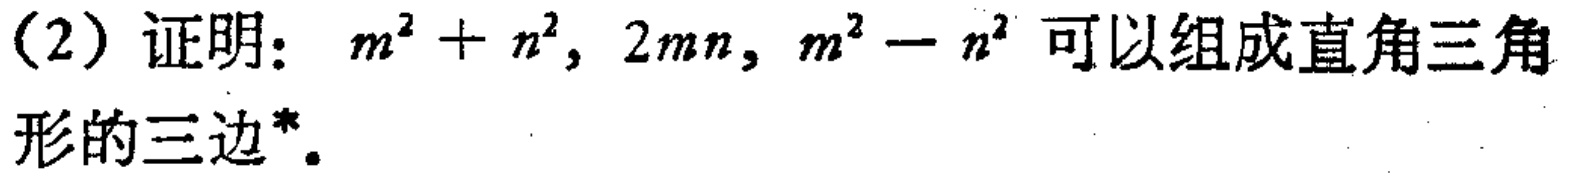
(2) 证明：$m^{2}+n^{2},2mn,m^{2}-n^{2}$可以组成直角三角形的三边*.